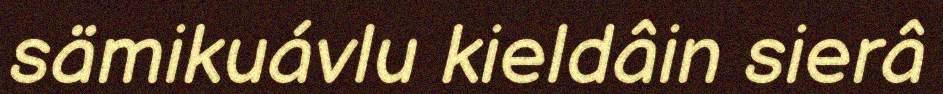
sämikuávlu kieldâin sierâ